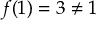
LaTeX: f ( 1 ) = 3 \neq 1